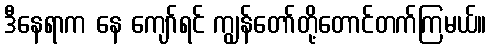
ဒီနေရာက နေ ကျော်ရင် ကျွန်တော်တို့တောင်တက်ကြမယ်။